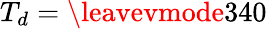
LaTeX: T_{d}=\leavevmode{340}